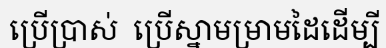
ប្រើប្រាស់  ប្រើស្នាមម្រាមដៃដើម្បី